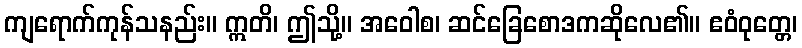
ကျရောက်ကုန်သနည်း။ ဣတိ၊ ဤသို့။ အဝေါစ၊ ဆင်ခြေစောဒကဆိုလေ၏။ ဧဝံဝုတ္တေ၊